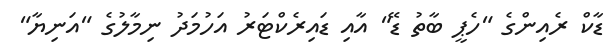
ޑާކް ރެއިންގެ "ހެޕީ ބާތު ޑޭ" އާއި ޑައިރެކްޓަރު އަހުމަދު ނިމާލުގެ "އަނިޔާ"